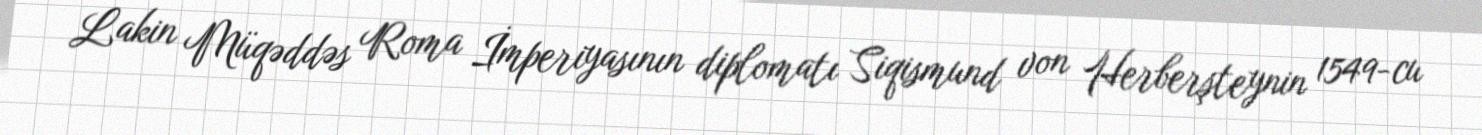
Lakin Müqəddəs Roma İmperiyasının diplomatı Siqismund von Herberşteynin 1549-cu